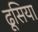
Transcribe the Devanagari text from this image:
ढूसिया